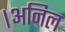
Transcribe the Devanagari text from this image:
।अनिल